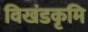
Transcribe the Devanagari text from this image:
विखंडकृमि